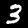
Label: 3